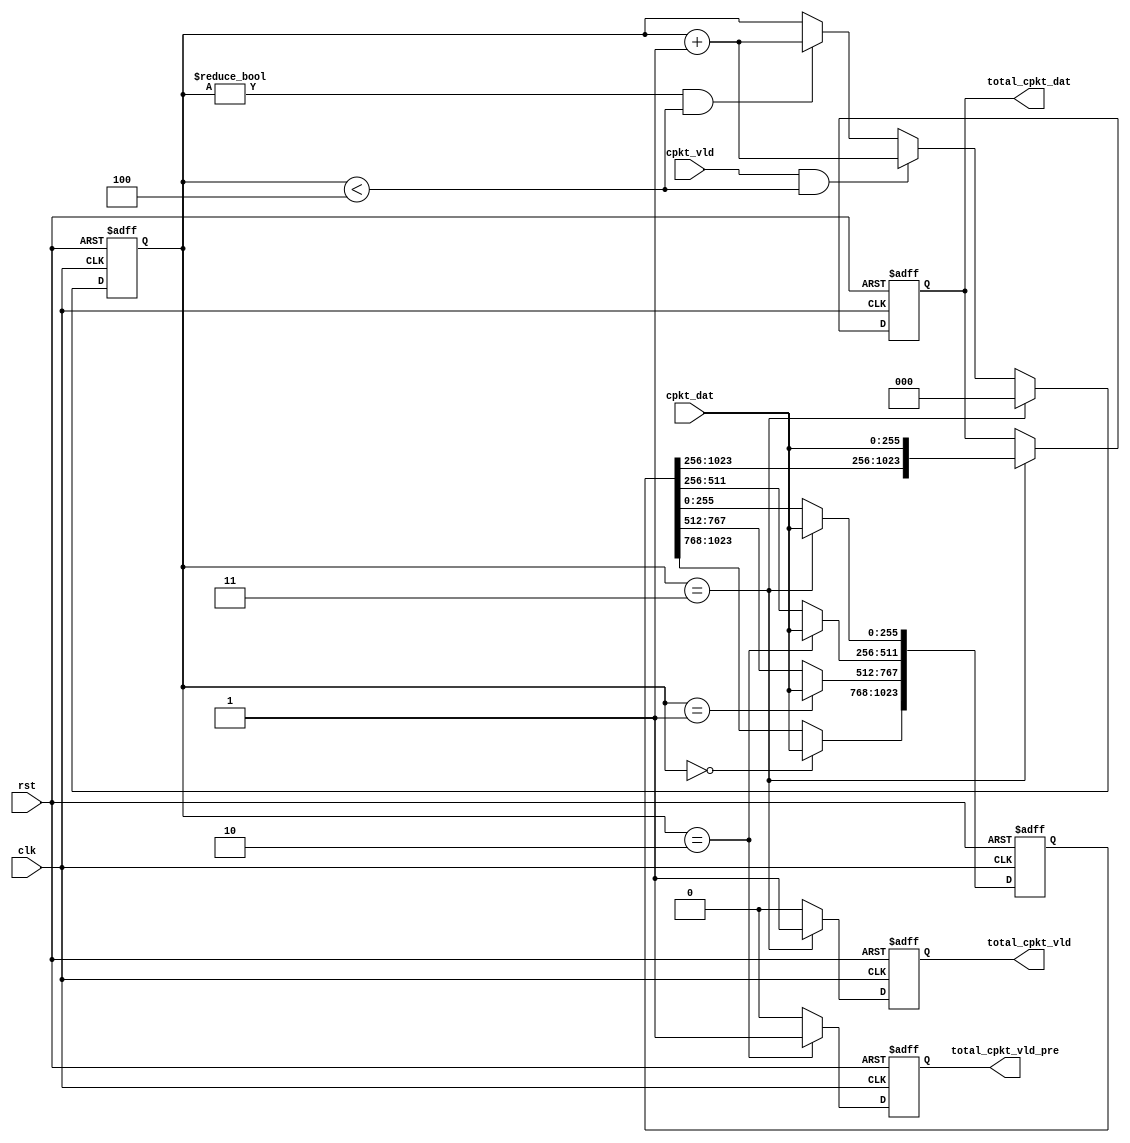
module fix_cpkt_unf#(
		parameter    DWID         	= 256 			    ,   		
		parameter    CELL_SZ      	= 4 				,    		
		parameter    CELL_GAP       = 4 				    		
) (
		input	wire					clk  			,
		input 	wire					rst				,
		input 	wire [1-1:0] 			cpkt_vld		,           
		input 	wire [DWID-1:0] 		cpkt_dat		,           
		output  reg  [1-1:0]            total_cpkt_vld_pre 	,			
		output  reg  [1-1:0]            total_cpkt_vld 	,			
		output  wire [DWID*CELL_SZ-1:0] total_cpkt_dat 				
);
reg		[2:0]				cnt_cpkt_vld		;
reg  	[DWID*CELL_GAP-1:0] 	total_cpkt_dat_tmp 	;			
integer						i					;
always @ ( posedge clk or posedge rst ) begin
	if( rst==1'b1 )begin
		cnt_cpkt_vld <= 0;
	end
	else begin
		if( cnt_cpkt_vld==(CELL_GAP-1) )begin 
			cnt_cpkt_vld <= 0;
		end
		else if( cpkt_vld==1'b1 && cnt_cpkt_vld<CELL_GAP )begin
			cnt_cpkt_vld <= cnt_cpkt_vld + 1'b1;
		end
		else if( cnt_cpkt_vld!=0 && cnt_cpkt_vld<CELL_GAP )begin
			cnt_cpkt_vld <= cnt_cpkt_vld + 1'b1;
		end
	end
end
generate
begin : gen_total_cpkt_vld
    if(CELL_GAP <= 1)
    begin
        always @ ( posedge clk or posedge rst ) begin
            if( rst==1'b1 )begin
                total_cpkt_vld <= 1'b0;
            end
            else begin
                if( cnt_cpkt_vld==(CELL_GAP-1'b1) && cpkt_vld==1'b1 )begin
                    total_cpkt_vld <= 1'b1;
                end
                else begin
                    total_cpkt_vld <= 1'b0;
                end
            end
        end
    end
    else
    begin
        always @ ( posedge clk or posedge rst ) begin
            if( rst==1'b1 )begin
                total_cpkt_vld <= 1'b0;
            end
            else begin
                if( cnt_cpkt_vld==(CELL_GAP-1'b1) )begin
                    total_cpkt_vld <= 1'b1;
                end
                else begin
                    total_cpkt_vld <= 1'b0;
                end
            end
        end
    end
end
endgenerate
generate
begin : gen_total_cpkt_vld_pre
    if(CELL_GAP <= 1)
    begin
        always @ ( posedge clk or posedge rst ) begin
            if( rst==1'b1 )begin
                total_cpkt_vld_pre <= 1'b0;
            end
            else begin
                if( cnt_cpkt_vld==(CELL_GAP-'h1) && cpkt_vld==1'b1 )begin
                    total_cpkt_vld_pre <= 1'b1;
                end
                else begin
                    total_cpkt_vld_pre <= 1'b0;
                end
            end
        end
    end
    else if(CELL_GAP == 2)
    begin
        always @ ( posedge clk or posedge rst ) begin
            if( rst==1'b1 )begin
                total_cpkt_vld_pre <= 1'b0;
            end
            else begin
                if( cnt_cpkt_vld==(CELL_GAP-'h2) && cpkt_vld==1'b1 )begin
                    total_cpkt_vld_pre <= 1'b1;
                end
                else begin
                    total_cpkt_vld_pre <= 1'b0;
                end
            end
        end
    end
    else
    begin
        always @ ( posedge clk or posedge rst ) begin
            if( rst==1'b1 )begin
                total_cpkt_vld_pre <= 1'b0;
            end
            else begin
                if( cnt_cpkt_vld==(CELL_GAP-'h2) )begin
                    total_cpkt_vld_pre <= 1'b1;
                end
                else begin
                    total_cpkt_vld_pre <= 1'b0;
                end
            end
        end
    end
end
endgenerate
generate
begin
    if(CELL_GAP <= 1)
    begin
        always @ ( posedge clk or posedge rst ) begin
            if( rst==1'b1 )begin
                total_cpkt_dat_tmp <= 0;
            end
            else begin
                for( i=0; i<CELL_GAP; i=i+1 ) begin
                    if( cnt_cpkt_vld==i && cpkt_vld == 1 ) begin
                        total_cpkt_dat_tmp[DWID*(CELL_GAP-1-i)+:DWID] <= cpkt_dat; 
                    end
                end
            end
        end
    end
    else
    begin
        always @ ( posedge clk or posedge rst ) begin
            if( rst==1'b1 )begin
                total_cpkt_dat_tmp <= 0;
            end
            else begin
                for( i=0; i<CELL_GAP; i=i+1 ) begin
                    if( cnt_cpkt_vld==i ) begin
                        total_cpkt_dat_tmp[DWID*(CELL_GAP-1-i)+:DWID] <= cpkt_dat; 
                    end
                end
            end
        end
    end
end
endgenerate
reg  [DWID*CELL_GAP-1:0] total_cpkt_dat_reg; 
generate
begin : gen_total_cpkt_dat_reg
    if(CELL_GAP == 1)
    begin
        always @ ( posedge clk or posedge rst )
        begin
            if( rst==1'b1 )
                total_cpkt_dat_reg <= 0;
            else if( cnt_cpkt_vld==(CELL_GAP-1) && cpkt_vld==1 )
                total_cpkt_dat_reg <= cpkt_dat; 
        end
    end
    else
    begin
        always @ ( posedge clk or posedge rst ) begin
            if( rst==1'b1 )begin
                total_cpkt_dat_reg <= 0;
            end
            else begin
                if( cnt_cpkt_vld==(CELL_GAP-1) )begin
                    total_cpkt_dat_reg <= { total_cpkt_dat_tmp[ DWID +: DWID*(CELL_GAP-1) ], cpkt_dat }; 
                end
            end
        end
    end
end
endgenerate
assign total_cpkt_dat = total_cpkt_dat_reg[ DWID*CELL_GAP-1: DWID*(CELL_GAP-CELL_SZ)];
endmodule